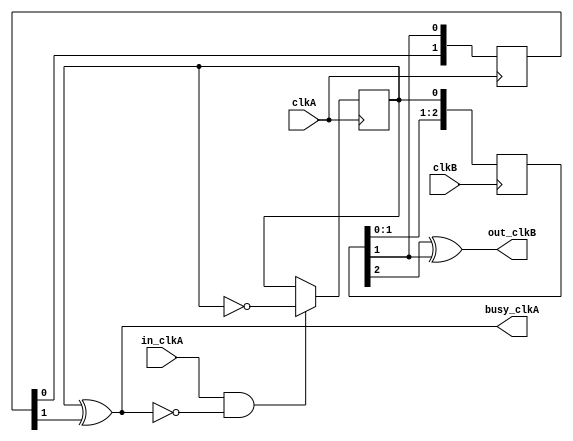
`timescale 1ns / 1ps
//////////////////////////////////////////////////////////////////////////////////
//
// Flag synchronizer, with feedback. Blatantly stolen from fpga4fun.com
//
//////////////////////////////////////////////////////////////////////////////////
module flag_sync(
    input clkA,
    input clkB,
    input in_clkA,
    output busy_clkA,
    output out_clkB
    );

	parameter CLKA="POSEDGE";
	parameter CLKB="POSEDGE";

	reg FlagToggle_clkA;
	reg [2:0] SyncA_clkB;
	reg [1:0] SyncB_clkA;

	initial begin
		SyncA_clkB <= 3'b000;
		SyncB_clkA <= 2'b00;
		FlagToggle_clkA <= 0;
	end
	
	generate
		if (CLKA=="POSEDGE") begin : A_POS_POL
			always @(posedge clkA) if (in_clkA & ~busy_clkA) FlagToggle_clkA <= ~FlagToggle_clkA;
			always @(posedge clkA) SyncB_clkA <= {SyncB_clkA[0],SyncA_clkB[1]};
		end else begin : A_NEG_POL
			always @(negedge clkA) if (in_clkA & ~busy_clkA) FlagToggle_clkA <= ~FlagToggle_clkA;
			always @(negedge clkA) SyncB_clkA <= {SyncB_clkA[0],SyncA_clkB[2]};
		end
	endgenerate
	generate
		if (CLKB=="POSEDGE") begin : B_POS_POL
			always @(posedge clkB) SyncA_clkB <= {SyncA_clkB[1:0], FlagToggle_clkA};
		end else begin : B_NEG_POL
			always @(negedge clkB) SyncA_clkB <= {SyncA_clkB[1:0], FlagToggle_clkA};
		end
	endgenerate

	assign out_clkB = (SyncA_clkB[2] ^ SyncA_clkB[1]);
	assign busy_clkA = FlagToggle_clkA ^ SyncB_clkA[1];
endmodule